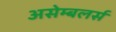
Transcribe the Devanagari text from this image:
असेम्बलर्स